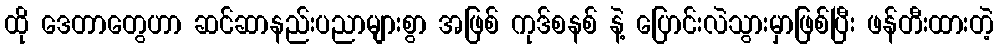
ထို ဒေတာတွေဟာ ဆင်ဆာနည်းပညာများစွာ အဖြစ် ကုဒ်စနစ် နဲ့ ပြောင်းလဲသွားမှာဖြစ်ပြီး ဖန်တီးထားတဲ့